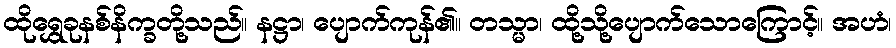
ထိုရွှေခုနစ်နိက္ခတို့သည်။ နဋ္ဌာ၊ ပျောက်ကုန်၏။ တသ္မာ၊ ထို့သို့ပျောက်သောကြောင့်။ အဟံ၊